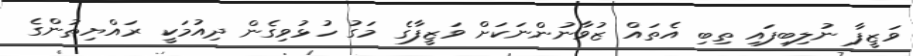
ވަޒީފާ ނުލިބިފައި ތިބި އެތައް ޒުވާނުންނަކަށް ވަޒީފާގެ މަގު ހުޅުވިގެން ދިއުމަކީ ރައްޔިތުންގެ